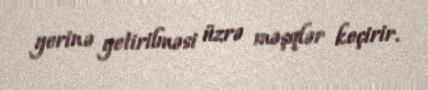
yerinə yetirilməsi üzrə məşqlər keçirir.